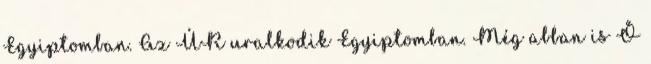
Egyiptomban. Az ÚR uralkodik Egyiptomban. Még abban is Ő